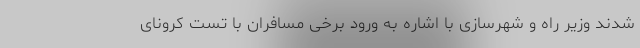
شدند وزیر راه و شهرسازی با اشاره به ورود برخی مسافران با تست کرونای